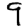
Digit: 9